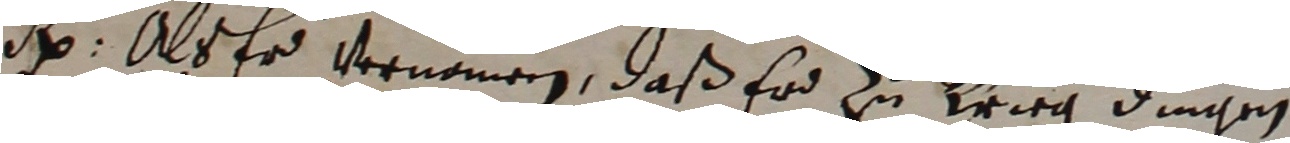
h alser vernomen, daß er zu Krieg dingen